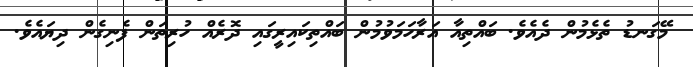
މޭގަނޑު ތެޅެމުން ދެއެވެ. ބައްތިއާ އަރާހަމަވުމުން ބައްތިކައިރީގައި ދޮރެއް ހުރިތަން ފެނިގެން ދިޔައެވެ.